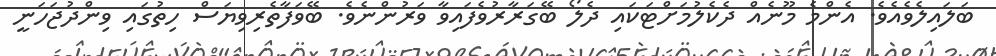
ބަލައިލެވެއެވެ. އެންމެ މޫނެއް ދެކެލުމަށްޓަކައި ދެލޯ ބޭގަރާރުވެފައިވާ ވަރުންނެވެ. ބޭވަފާތެރިވިޔަސް ހިތުގައި ވިންދުޖަހަނީ